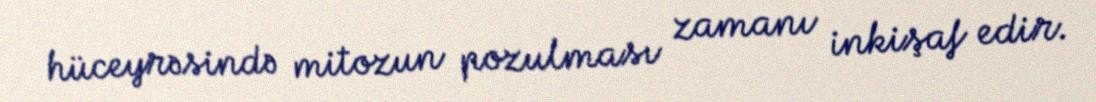
hüceyrəsində mitozun pozulması zamanı inkişaf edir.